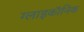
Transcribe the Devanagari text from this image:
ग्लाइकॉनिक